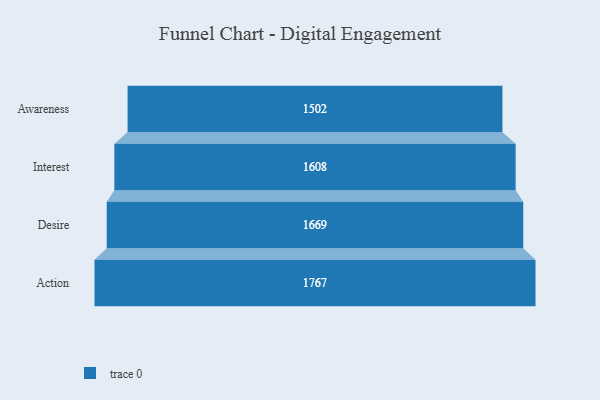
{"axis": {"x": "Stage", "y": "Value"}, "legend": [""], "data": [{"x": "Awareness", "y": 1502.0, "type": ""}, {"x": "Interest", "y": 1608.0, "type": ""}, {"x": "Desire", "y": 1669.0, "type": ""}, {"x": "Action", "y": 1767.0, "type": ""}]}